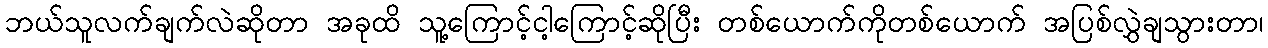
ဘယ်သူလက်ချက်လဲဆိုတာ အခုထိ သူ့ကြောင့်ငါ့ကြောင့်ဆိုပြီး တစ်ယောက်ကိုတစ်ယောက် အပြစ်လွှဲချသွားတာ၊